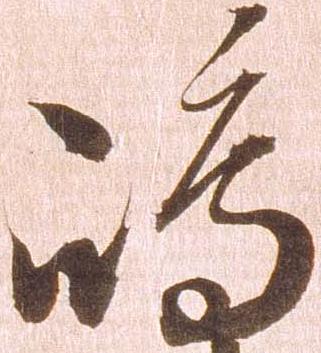
嶋